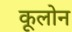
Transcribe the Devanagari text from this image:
कूलोन